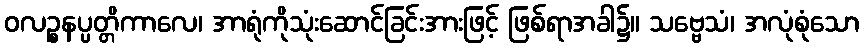
ဝလဉ္စနပ္ပတ္တိကာလေ၊ အာရုံကိုသုံးဆောင်ခြင်းအားဖြင့် ဖြစ်ရာအခါ၌။ သဗ္ဗေသံ၊ အလုံစုံသော